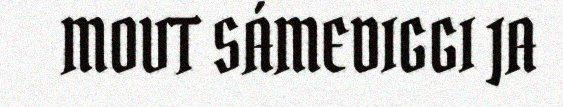
MOVT SÁMEDIGGI JA